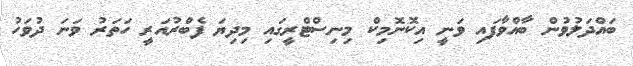
ބައްދަލުވުން ބާއްވާފައި ވަނީ އިކޮނޮމިކް މިނިސްޓްރީގައި މިދިޔަ ފެބްރުއަރީ ހަތަރު ވަނަ ދުވަހު